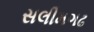
સલીમગઢ